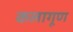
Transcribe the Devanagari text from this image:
कलागूण